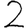
Digit: 2